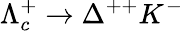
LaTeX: \Lambda_{c}^{+}\to\Delta^{++}K^{-}